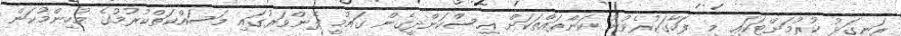
ރަނގަޅު ކުރުމަށްޓަކައި މި ފަހާގަކުރެވުނު ކަންތައްތަކަށް އިސްކަންދީގެން ގައުމީ ފެންވަރުގައި މަސައްކަތްކުރުމުގެ މުހިންމުކަން